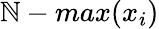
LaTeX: \mathbb{N}-max(x_{i})